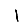
Digit: 1